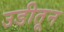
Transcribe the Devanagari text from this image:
उडीतून